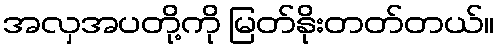
အလှအပတို့ကို မြတ်နိုးတတ်တယ်။